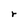
Character: r